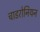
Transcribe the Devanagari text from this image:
चाडरोनियन